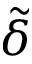
\tilde { \delta }